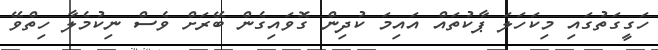
ހަގީގަތުގައި މިކަހަލަ ޕާކުތައް އައިމަ ކުދިން ގޮވައިގެން ބޭރަށް ވެސް ނިކުމެލާ ހިތްވޭ